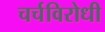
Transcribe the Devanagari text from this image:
चर्चविरोधी